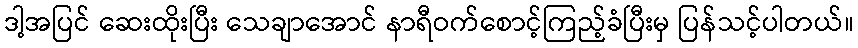
ဒါ့အပြင် ဆေးထိုးပြီး သေချာအောင် နာရီဝက်စောင့်ကြည့်ခံပြီးမှ ပြန်သင့်ပါတယ်။